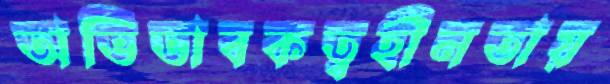
অভিভাবকত্বহীনতায়